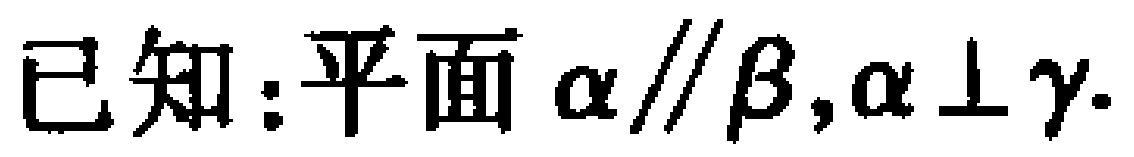
已知：平面\(\alpha\parallel\beta,\alpha\perp\gamma\).